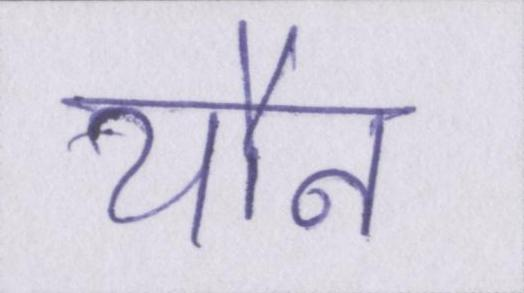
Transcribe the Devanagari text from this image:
यौन